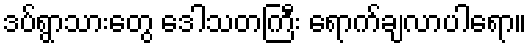
ဒပ်ရွာသားတွေ ဒေါသတကြီး ရောက်ချလာပါရော။